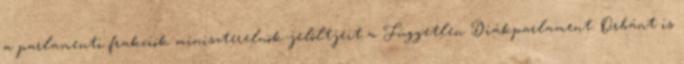
a parlamenti frakciók miniszterelnök-jelöltjeit a Független Diákparlament. Orbánt is